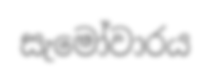
සැමෝවාරය